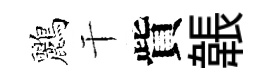
鸝干貲韔